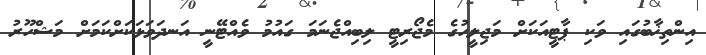
އިންތިޚާބުގައި ވަކި ޕާޓީއަކަށް މަޖިލީހުގެ މެޖޯރިޓީ ލިބިއްޖެނަމަ ގައުމު ވެއްޓޭނީ އަނދަވަޅަކަށްކަމަށް މަޝްހޫރު